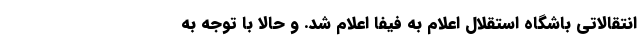
انتقالاتی باشگاه استقلال اعلام به فیفا اعلام شد. و حالا با توجه به